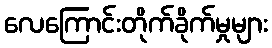
လေကြောင်းတိုက်ခိုက်မှုများ